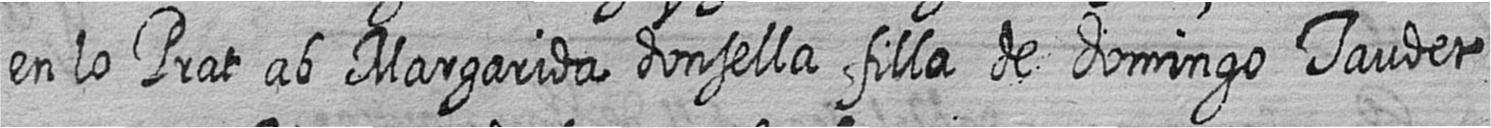
en lo Prat ab Margarida donsella filla de domingo Taudet